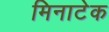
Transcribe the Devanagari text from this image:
मिनाटेक